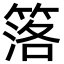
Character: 𥯛